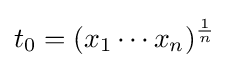
t_{0}=({x_{1}\cdots x_{n}})^{\frac {1}{n}}